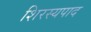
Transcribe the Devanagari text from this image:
शिरस्यपाद